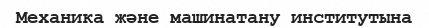
Механика және машинатану институтына